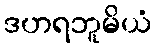
ဒဟရဘူမိယံ